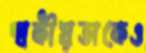
স্বকীয়তাকেও